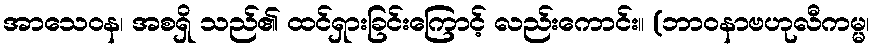
အာသေဝန၊ အစရှိ သည်၏ ထင်ရှားခြင်းကြောင့် လည်းကောင်း။ (ဘာဝနာဗဟုလီကမ္မ၊